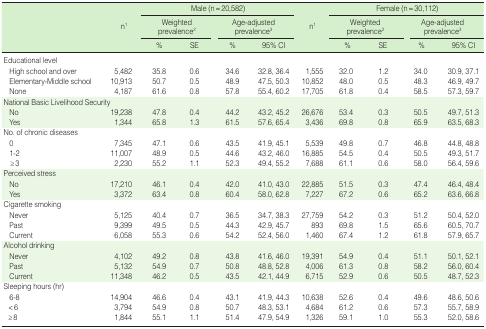
<table><thead><tr><td rowspan="3"></td><td rowspan="3"><b>n<sup>1</sup></b></td><td colspan="4"><b>Male (n=20,582)</b></td><td rowspan="3"><b>n<sup>1</sup></b></td><td colspan="4"><b>Female (n=30,112)</b></td></tr><tr><td colspan="2"><b>Weighted prevalence<sup>2</sup></b></td><td colspan="2"><b>Age-adjusted prevalence<sup>3</sup></b></td><td colspan="2"><b>Weighted prevalence<sup>2</sup></b></td><td colspan="2"><b>Age-adjusted prevalence<sup>3</sup></b></td></tr><tr><td><b>%</b></td><td><b>SE</b></td><td><b>%</b></td><td><b>95% CI</b></td><td><b>%</b></td><td><b>SE</b></td><td><b>%</b></td><td><b>95% CI</b></td></tr></thead><tbody><tr><td>Educational level</td><td></td><td></td><td></td><td></td><td></td><td></td><td></td><td></td><td></td><td></td></tr><tr><td> High school and over</td><td>5,482</td><td>35.8</td><td>0.6</td><td>34.6</td><td>32.8, 36.4</td><td>1,555</td><td>32.0</td><td>1.2</td><td>34.0</td><td>30.9, 37.1</td></tr><tr><td> Elementary-Middle school</td><td>10,913</td><td>50.7</td><td>0.5</td><td>48.9</td><td>47.5, 50.3</td><td>10,852</td><td>48.0</td><td>0.5</td><td>48.3</td><td>46.9, 49.7</td></tr><tr><td> None</td><td>4,187</td><td>61.6</td><td>0.8</td><td>57.8</td><td>55.4, 60.2</td><td>17,705</td><td>61.8</td><td>0.4</td><td>58.5</td><td>57.3, 59.7</td></tr><tr><td>National Basic Livelihood Security</td><td></td><td></td><td></td><td></td><td></td><td></td><td></td><td></td><td></td><td></td></tr><tr><td> No</td><td>19,238</td><td>47.8</td><td>0.4</td><td>44.2</td><td>43.2, 45.2</td><td>26,676</td><td>53.4</td><td>0.3</td><td>50.5</td><td>49.7, 51.3</td></tr><tr><td> Yes</td><td>1,344</td><td>65.8</td><td>1.3</td><td>61.5</td><td>57.6, 65.4</td><td>3,436</td><td>69.8</td><td>0.8</td><td>65.9</td><td>63.5, 68.3</td></tr><tr><td>No. of chronic diseases</td><td></td><td></td><td></td><td></td><td></td><td></td><td></td><td></td><td></td><td></td></tr><tr><td> 0</td><td>7,345</td><td>47.1</td><td>0.6</td><td>43.5</td><td>41.9, 45.1</td><td>5,539</td><td>49.8</td><td>0.7</td><td>46.8</td><td>44.8, 48.8</td></tr><tr><td> 1-2</td><td>11,007</td><td>48.9</td><td>0.5</td><td>44.6</td><td>43.2, 46.0</td><td>16,885</td><td>54.5</td><td>0.4</td><td>50.5</td><td>49.3, 51.7</td></tr><tr><td> ≥3</td><td>2,230</td><td>55.2</td><td>1.1</td><td>52.3</td><td>49.4, 55.2</td><td>7,688</td><td>61.1</td><td>0.6</td><td>58.0</td><td>56.4, 59.6</td></tr><tr><td>Perceived stress</td><td></td><td></td><td></td><td></td><td></td><td></td><td></td><td></td><td></td><td></td></tr><tr><td> No</td><td>17,210</td><td>46.1</td><td>0.4</td><td>42.0</td><td>41.0, 43.0</td><td>22,885</td><td>51.5</td><td>0.3</td><td>47.4</td><td>46.4, 48.4</td></tr><tr><td> Yes</td><td>3,372</td><td>63.4</td><td>0.8</td><td>60.4</td><td>58.0, 62.8</td><td>7,227</td><td>67.2</td><td>0.6</td><td>65.2</td><td>63.6, 66.8</td></tr><tr><td>Cigarette smoking</td><td></td><td></td><td></td><td></td><td></td><td></td><td></td><td></td><td></td><td></td></tr><tr><td> Never</td><td>5,125</td><td>40.4</td><td>0.7</td><td>36.5</td><td>34.7, 38.3</td><td>27,759</td><td>54.2</td><td>0.3</td><td>51.2</td><td>50.4, 52.0</td></tr><tr><td> Past</td><td>9,399</td><td>49.5</td><td>0.5</td><td>44.3</td><td>42.9, 45.7</td><td>893</td><td>69.8</td><td>1.5</td><td>65.6</td><td>60.5, 70.7</td></tr><tr><td> Current</td><td>6,058</td><td>55.3</td><td>0.6</td><td>54.2</td><td>52.4, 56.0</td><td>1,460</td><td>67.4</td><td>1.2</td><td>61.8</td><td>57.9, 65.7</td></tr><tr><td>Alcohol drinking</td><td></td><td></td><td></td><td></td><td></td><td></td><td></td><td></td><td></td><td></td></tr><tr><td> Never</td><td>4,102</td><td>49.2</td><td>0.8</td><td>43.8</td><td>41.6, 46.0</td><td>19,391</td><td>54.9</td><td>0.4</td><td>51.1</td><td>50.1, 52.1</td></tr><tr><td> Past</td><td>5,132</td><td>54.9</td><td>0.7</td><td>50.8</td><td>48.8, 52.8</td><td>4,006</td><td>61.3</td><td>0.8</td><td>58.2</td><td>56.0, 60.4</td></tr><tr><td> Current</td><td>11,348</td><td>46.2</td><td>0.5</td><td>43.5</td><td>42.1, 44.9</td><td>6,715</td><td>52.9</td><td>0.6</td><td>50.5</td><td>48.7, 52.3</td></tr><tr><td>Sleeping hours (hr)</td><td></td><td></td><td></td><td></td><td></td><td></td><td></td><td></td><td></td><td></td></tr><tr><td> 6-8</td><td>14,904</td><td>46.6</td><td>0.4</td><td>43.1</td><td>41.9, 44.3</td><td>10,638</td><td>52.6</td><td>0.4</td><td>49.6</td><td>48.6, 50.6</td></tr><tr><td> &lt;6</td><td>3,794</td><td>54.9</td><td>0.8</td><td>50.7</td><td>48.3, 53.1</td><td>4,684</td><td>61.2</td><td>0.6</td><td>57.3</td><td>55.7, 58.9</td></tr><tr><td> ≥8</td><td>1,844</td><td>55.1</td><td>1.1</td><td>51.4</td><td>47.9, 54.9</td><td>1,326</td><td>59.1</td><td>1.0</td><td>55.3</td><td>52.0, 58.6</td></tr></tbody></table>